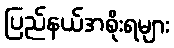
ပြည်နယ်အစိုးရများ